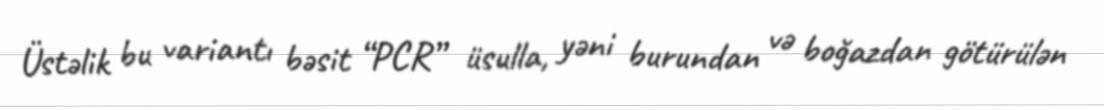
Üstəlik bu variantı bəsit “PCR” üsulla, yəni burundan və boğazdan götürülən